Civil Veterinary Dept. Bombay admin report 1923-31 - 1923-1931
Year: 1923
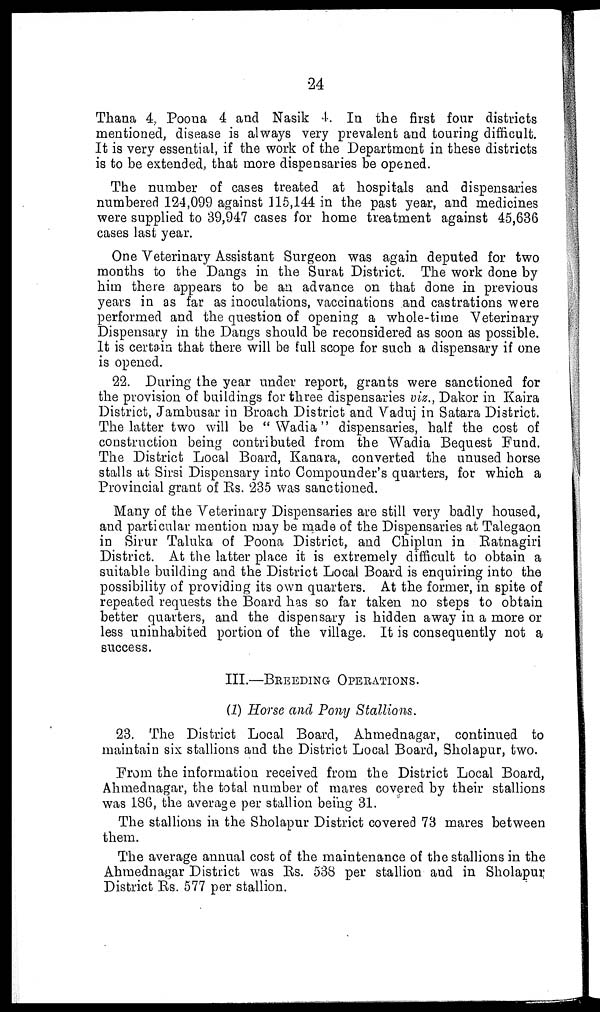
24
Thana 4, Poona 4 and Nasik 4. In the first four districts
mentioned, disease is always very prevalent and touring difficult.
It is very essential, if the work of the Department in these districts
is to be extended, that more dispensaries be opened.
The number of cases treated at hospitals and dispensaries
numbered 124,099 against 115,144 in the past year, and medicines
were supplied to 39,947 cases for home treatment against 45,636
cases last year.
One Veterinary Assistant Surgeon was again deputed for two
months to the Dangs in the Surat District. The work done by
him there appears to be an advance on that done in previous
years in as far as inoculations, vaccinations and castrations were
performed and the question of opening a whole-time Veterinary
Dispensary in the Dangs should be reconsidered as soon as possible.
It is certain that there will be full scope for such a dispensary if one
is opened.
22. During the year under report, grants were sanctioned for
the provision of buildings for three dispensaries viz., Dakor in Kaira
District, Jambusar in Broach District and Vaduj in Satara District.
The latter two will be " Wadia" dispensaries, half the cost of
construction being contributed from the Wadia Bequest Fund.
The District Local Board, Kanara, converted the unused horse
stalls at Sirsi Dispensary into Compounder's quarters, for which a
Provincial grant of Rs. 235 was sanctioned.
Many of the Veterinary Dispensaries are still very badly housed,
and particular mention may be made of the Dispensaries at Talegaon
in Sirur Taluka of Poona District, and Chiplun in Ratnagiri
District. At the latter place it is extremely difficult to obtain a
suitable building and the District Local Board is enquiring into the
possibility of providing its own quarters. At the former, in spite of
repeated requests the Board has so far taken no steps to obtain
better quarters, and the dispensary is hidden away in a more or
less uninhabited portion of the village. It is consequently not a
success.
III.—BREEDING OPERATIONS.
(1) Horse and Pony Stallions.
23. The District Local Board, Ahmednagar, continued to
maintain six stallions and the District Local Board, Sholapur, two.
From the information received from the District Local Board,
Ahmednagar, the total number of mares covered by their stallions
was 186, the average per stallion being 31.
The stallions in the Sholapur District covered 73 mares between
them.
The average annual cost of the maintenance of the stallions in the
Ahmednagar District was Rs. 538 per stallion and in Sholapur
District Rs. 577 per stallion.